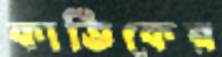
কার্তিকের